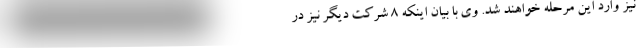
نیز وارد این مرحله خواهند شد. وی با بیان اینکه 8 شرکت دیگر نیز در